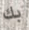
بك